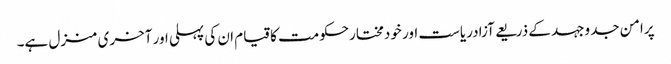
پرامن جدوجہد کے ذریعے آزادریاست اور خودمختارحکومت کاقیام ان کی پہلی اور آخری منزل ہے۔